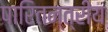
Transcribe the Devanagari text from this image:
पारितन्त्रीय